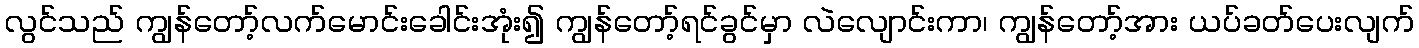
လွင်သည် ကျွန်တော့်လက်မောင်းခေါင်းအုံး၍ ကျွန်တော့်ရင်ခွင်မှာ လဲလျောင်းကာ၊ ကျွန်တော့်အား ယပ်ခတ်ပေးလျက်